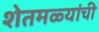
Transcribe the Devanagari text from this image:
शेतमळ्यांची